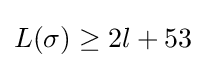
L(\sigma )\geq 2l+53